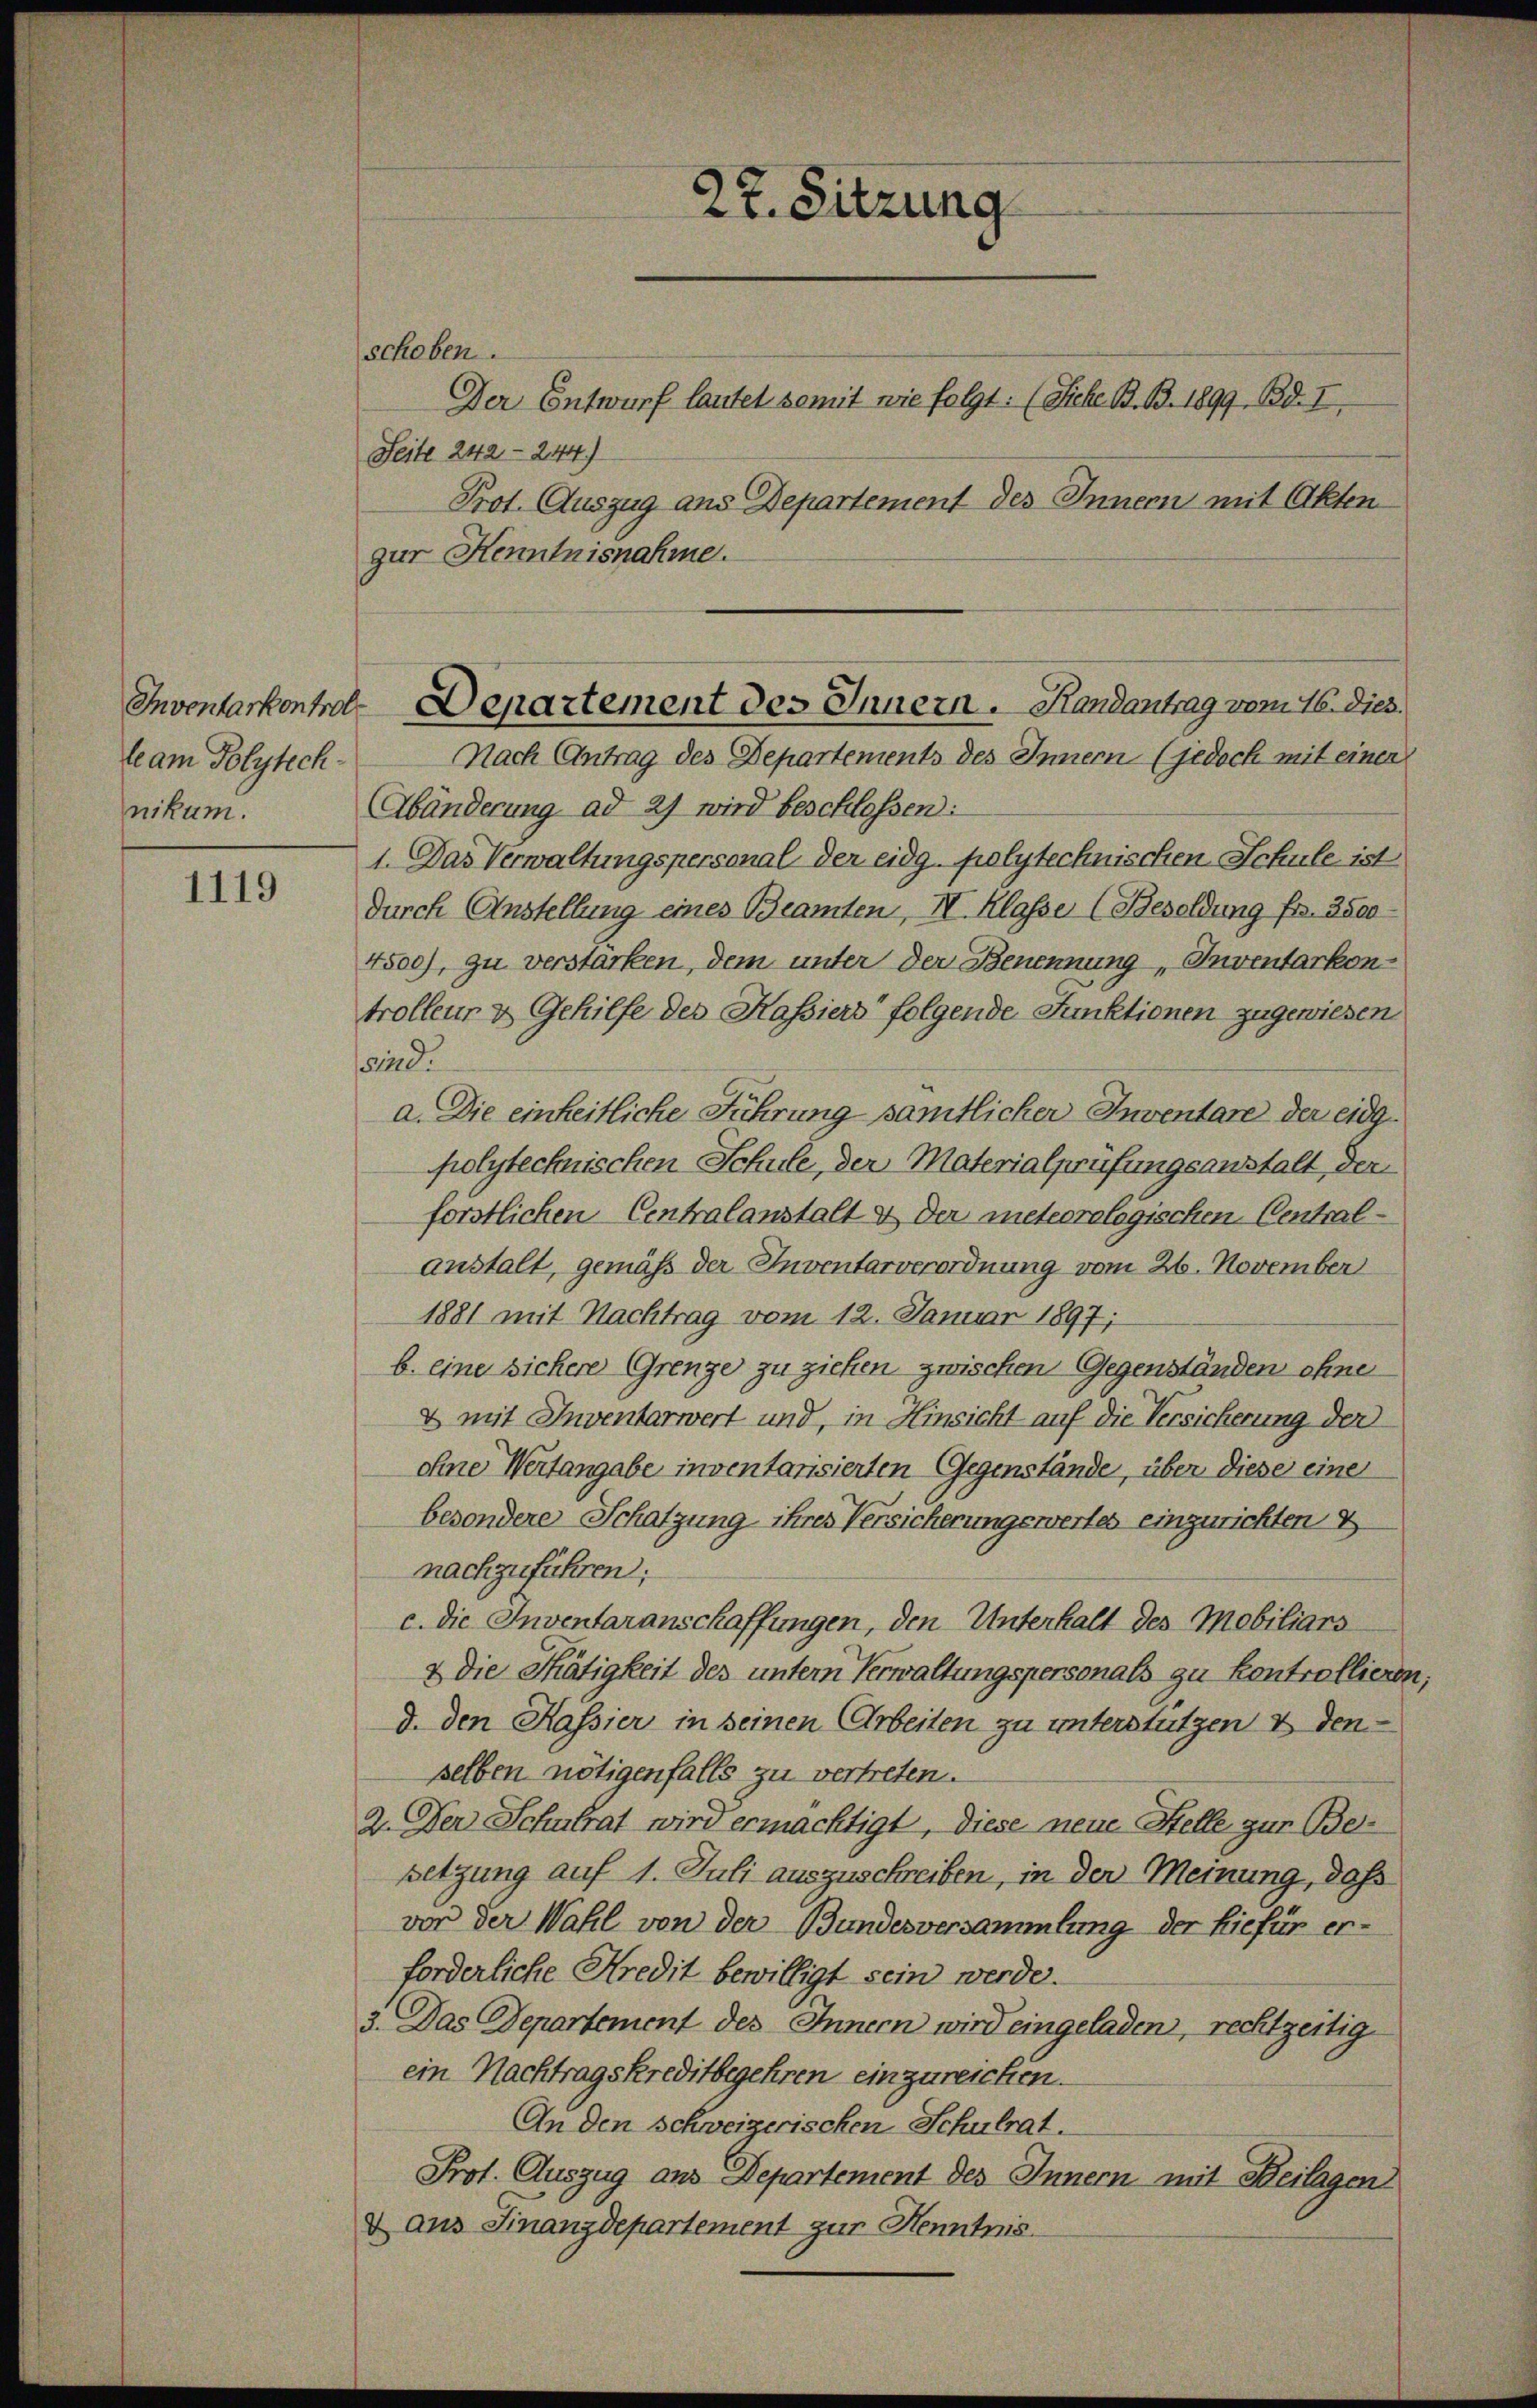
Inventarkontrol
leam Polytechnikum.

1119

schoben.
Seite 242 - 244)
Prof. Auszug aus Departement des Innern mit Akten
zur Henntnisnahme.

27. Sitzung

Der Entwurf lautet somit wie folgt: (Siehe B. B. 1899. Bd. I,

Abänderung ad 27 wird beschlossen:
1. Das Verwaltungspersonal der eidg. polytechnischen Schule ist
durch Anstellung eines Beamten, IV. Klasse (Besoldung fr. 3500
4500), zu verstarken, dem unter der Benennung, Inventarkon-
trolleur & Gehilfe des Kassiers folgende Funktionen zugewiesen
sind.
a. Die einheitliche Führung sämtlicher Inventare der eidg.
polytechnischen Schule, der Materialprüfungsanstalt, der
forstlichen Centralanstalt & der meteorologischen Centralanstalt, gemäß der Inventarverordnung vom 26. November
1881 mit Nachtrag vom 12. Januar 1897;
b. eine sichere Grenze zu ziehen zwischen Gegenständen ohne
& mit Inventarwert und, in Hinsicht auf die Versicherung der
ohne Weitangabe inventansierten Gegenstände, über diese eine
besondere Schatzung ihres Versicherungswertes einzurichten E
nachzuführen;
c. die Inventaranschaffungen, den Unterhalt des Mobiliars
& Die Thätigkeit des untern Verwaltungspersonals zu kontrollieren,
d. den Kassier in seinen Arbeiten zu unterstützen & denselben nötigenfalls zu vertreten.
2. Der Schulrat wird ermächtigt, diese neue Stelle zur Besetzung auf 1. Juli auszuschreiben, in der Meinung, daß
von der Wahl von der Bundesversammlung der hiefür erforderliche Kredit bewilligt sein werde.
3. Das Departement des Innern wird eingeladen, rechtzeitig
ein Nachtragskreditbegehren einzureichen.
An den schweizerischen Schulrat.
Prot. Auszug aus Departement des Innern mit Beilagen
& aus Finanzdepartement zur Kenntnis.

Departement des Innern. Handantrag vom 16. Dies
Nach Antrag des Departements des Innern (jedoch mit einer